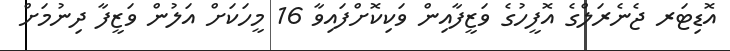
އޮޑިޓަރ ޖެނެރަލްގެ އޮފީހުގެ ވަޒީފާއިން ވަކިކޮށްފައިވާ 16 މީހަކަށް އަލުން ވަޒީފާ ދިނުމަށް